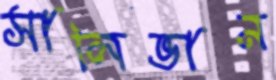
সালিভান